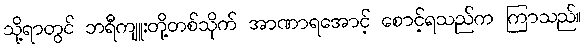
သို့ရာတွင် ဘရီကျူးတို့တစ်သိုက် အာဏာရအောင့် စောင့်ရသည်က ကြာသည်။